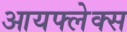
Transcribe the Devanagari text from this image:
आयफ्लेक्स